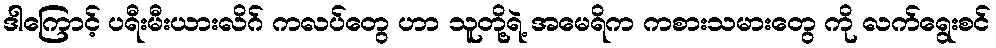
ဒါကြောင့် ပရီးမီးယားလိဂ် ကလပ်တွေ ဟာ သူတို့ရဲ့ အမေရိက ကစားသမားတွေ ကို လက်ရွေးစင်